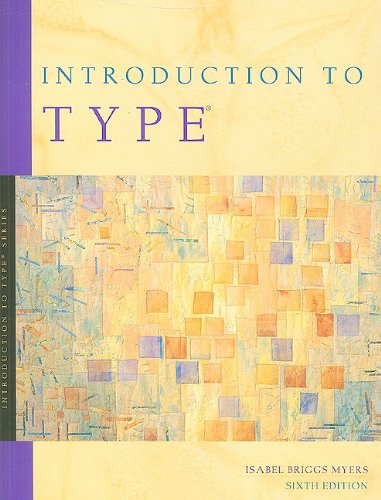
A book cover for Introduction to Type: A Guide to Understanding Your Results on the MBTI Instrument; Isabel Briggs Myers; Business & Money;